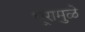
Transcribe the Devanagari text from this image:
धूरामुळे